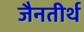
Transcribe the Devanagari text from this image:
जैनतीर्थ